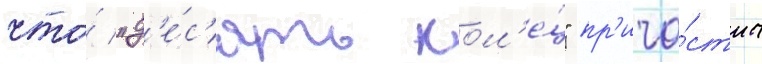
что́ "д'е́с'ять кол'е́ц" пр'ича́стны